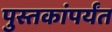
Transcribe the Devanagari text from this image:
पुस्तकांपर्यंत